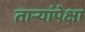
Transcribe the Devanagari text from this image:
तार्‍यांपेक्षा